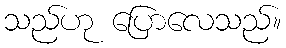
သည်ဟု ပြောလေသည်။